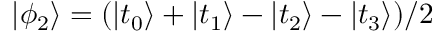
| \phi _ { 2 } \rangle = ( | t _ { 0 } \rangle + | t _ { 1 } \rangle - | t _ { 2 } \rangle - | t _ { 3 } \rangle ) / 2